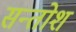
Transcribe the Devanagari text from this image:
सन्तोश